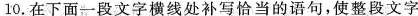
10.在下面一段文字横线处补写恰当的语句，使整段文字